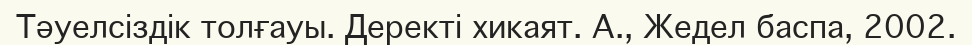
Тәуелсіздік толғауы. Деректі хикаят. А., Жедел баспа, 2002.